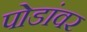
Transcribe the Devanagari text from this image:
पोडांवर